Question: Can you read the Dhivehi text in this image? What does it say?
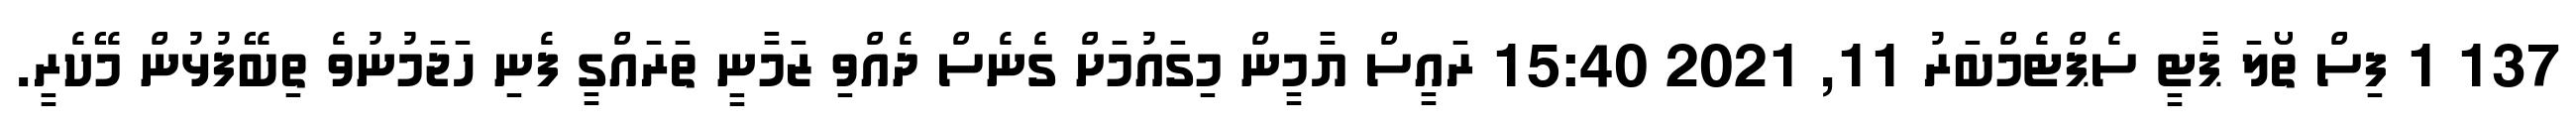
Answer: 137 1 ފިސް ތޯލަ ޕާޓީ ސެޕްޓެމްބަރު 11, 2021 15:40 ރައީސް ޔާމީން މިގައުމަށް ގެނެސް ދެއްވި ޒަމާނީ ތަރައްގީ ފެނި ހަޖަމުނުވެ ތިބޭފުޅުން މޭކެރީ.